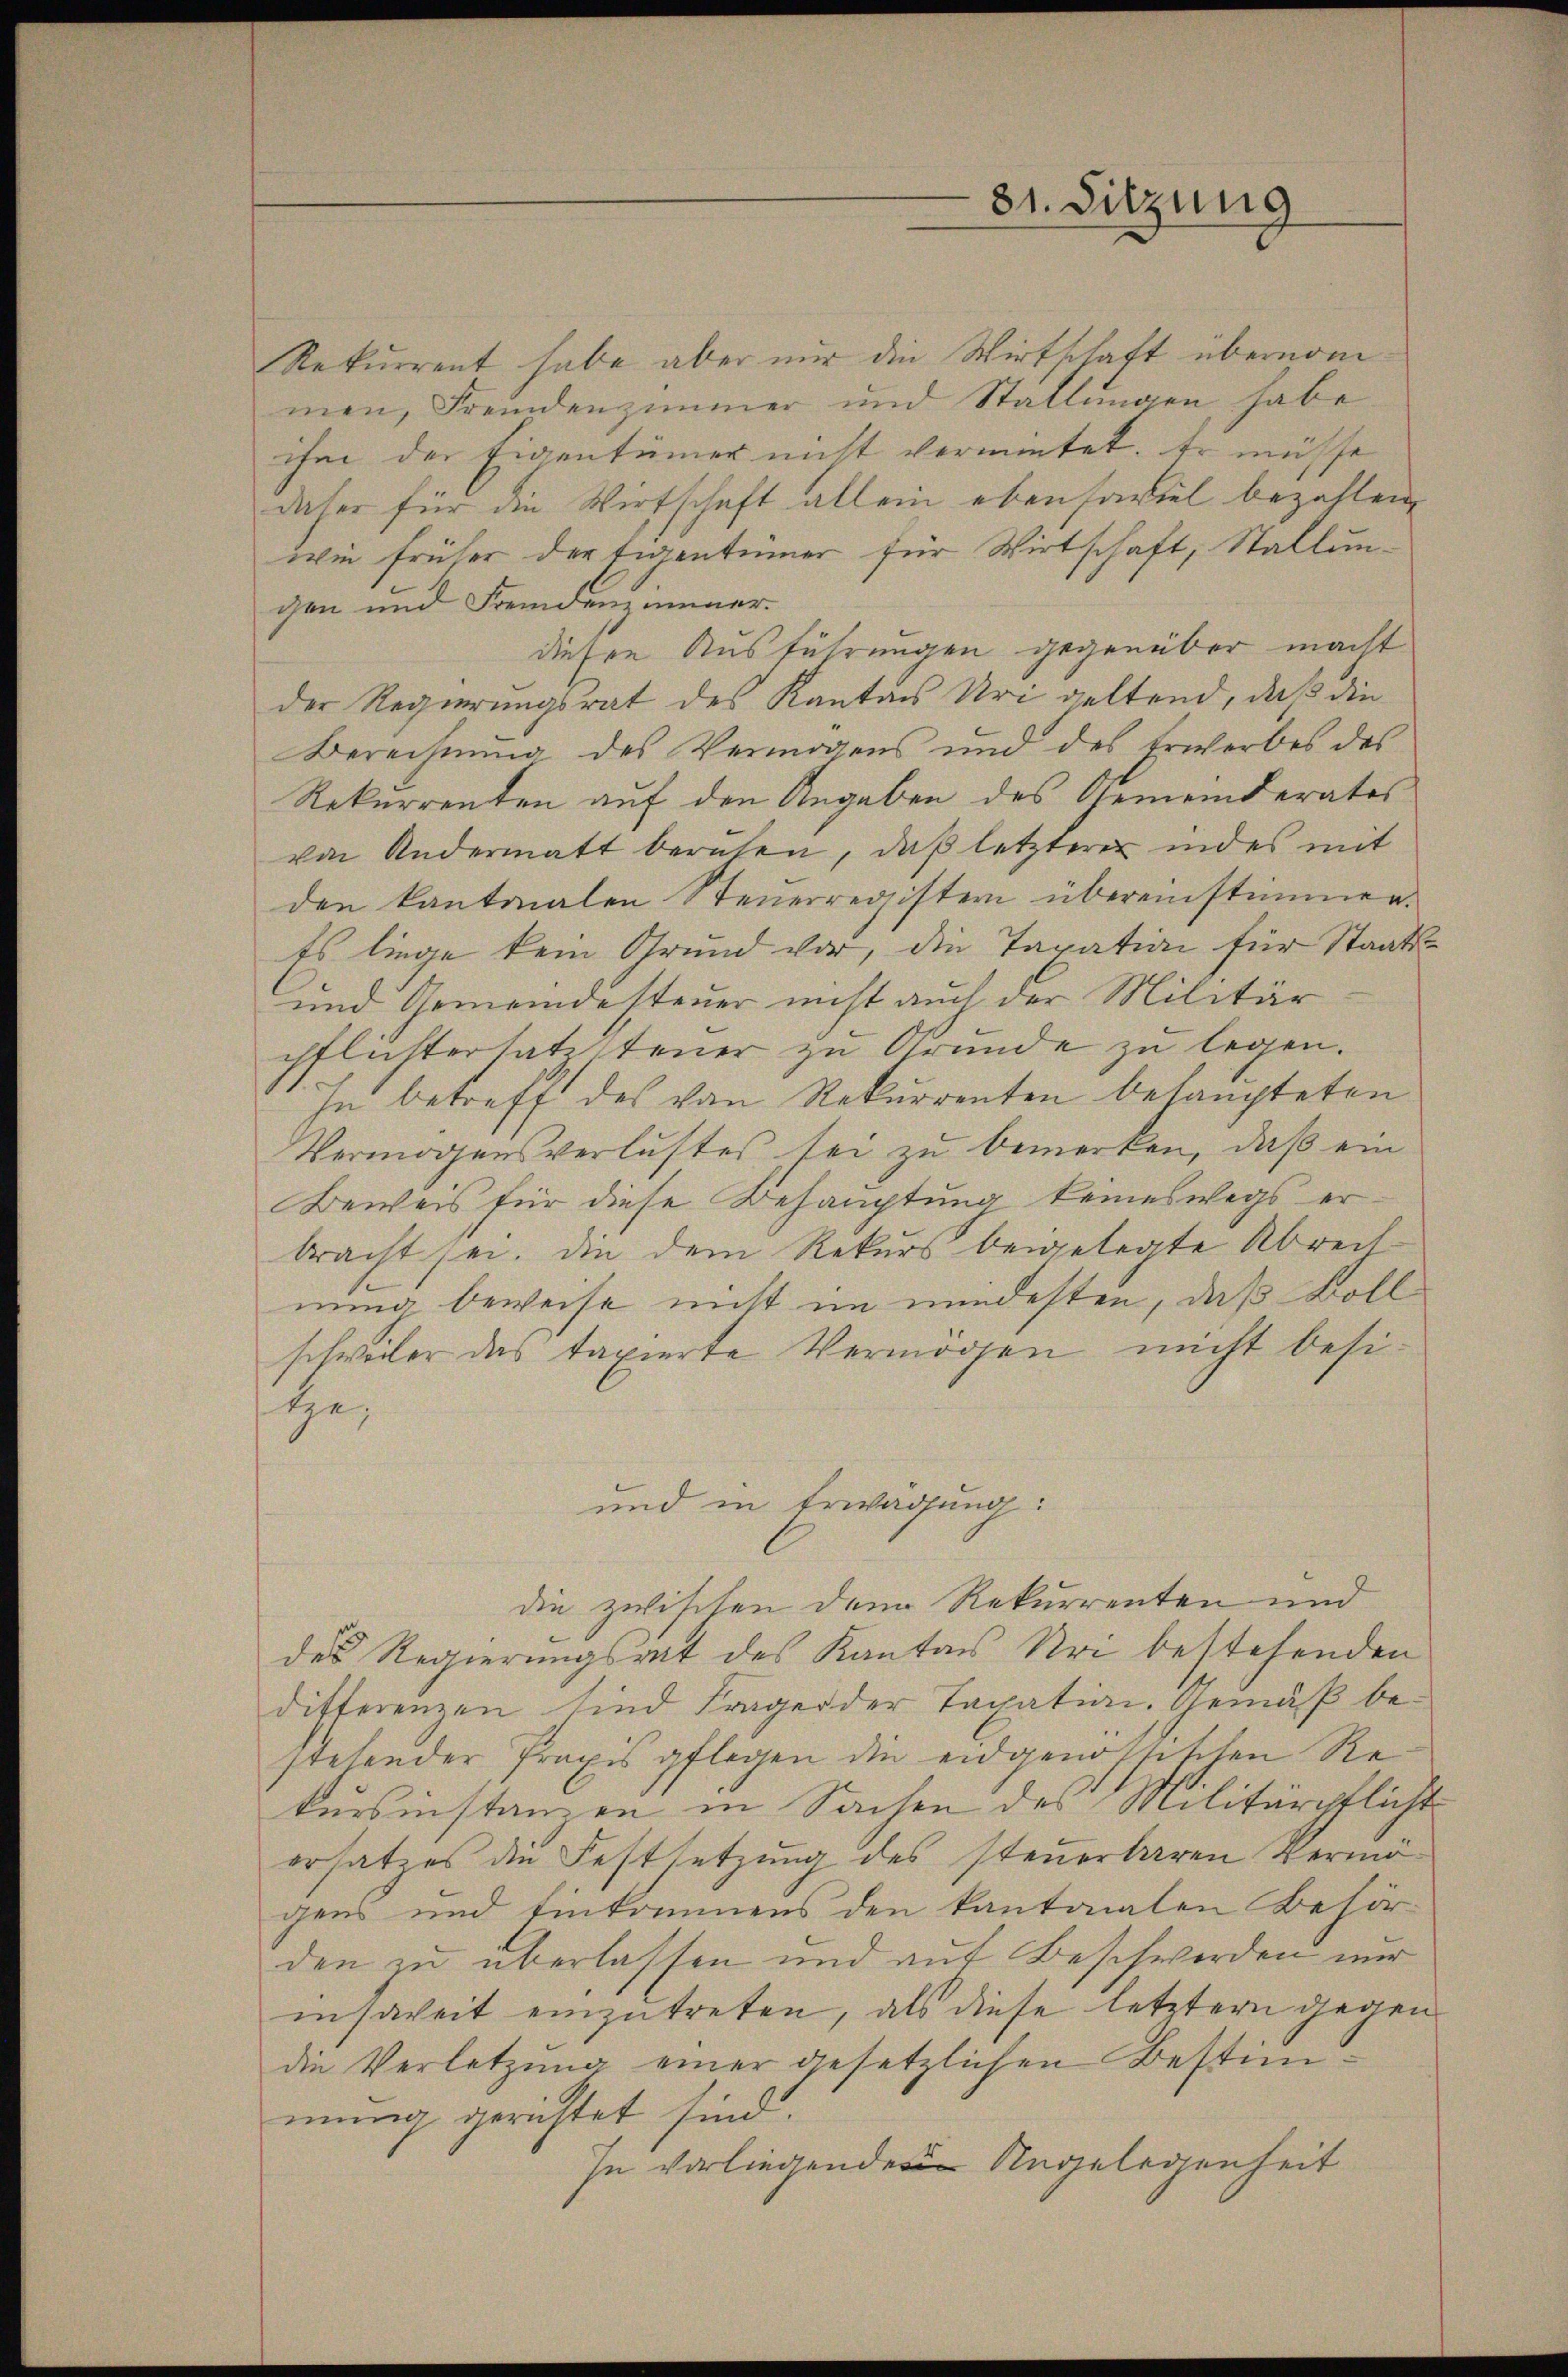
81. Sitzung

Rekurrent habe aber nur die Wirtschaft übernommen, Fremdenzimmer und Stallungen, habe
ihm der Eigentümer nicht vermietet. Er müsse
daher für die Wirtschaft allein ebensoviel bezahlen,
wie früher der Eigentümer für Wirtschaft, Stallungen und Fremdenzimmer.
diesen Ausführungen gegenüber macht
der Regierungsrat des Kantons Uri geltend, daß die
Berechnung des Vermögens und des Erwerbes des
Rekurrenten auf den Angaben des Gemeinderates
von Andermatt beruhen, daß letzterer indes mit
den kantonalen Steuerregistern übereinstimmen.
Es liege kein Grund vor, die Taxation für Staats¬
und Gemeindesteuer nicht auch der Militär
pflichtersatzsteuer zu Grunde zu legen.
In betreff des von Rekurrenten behaupteten
Vermögensverlustes sei zu bemerken, daß ein
Beweis für diese Behauptung keineswegs erbracht sei. Die dem Rekurs beigelegte Abrechnung beweise nicht im mindesten, daß Boll
schweiler das taxierte Vermögen nicht besi¬
Ge
und in Erwägung:
die zwischen dem Rekurrenten und
des Regierungsrat des Kanton Uri bestehenden
differenzen sind Frager der Taxation. Gemäß bestehender Praxis pflegen die eidgenössischen Re
kursinstanzen in Sachen des Militärpflicht
ersatzes die Festsetzung des steuerbaren Vermögens und Einkommens den kantonalen Behör
den zu überlassen und auf Beschwerden nur
insoweit einzutreten, als diese letztern gegen
die Verletzŭng einer gesetzlichen Bestimmung gerichtet sind.
In vorliegenden Angelegenheit